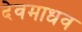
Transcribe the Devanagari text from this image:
देवमाधव